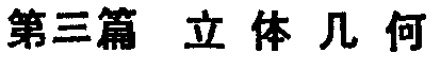
第三篇 立 体 几 何